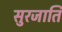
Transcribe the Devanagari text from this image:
सुरजाति